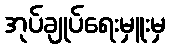
အုပ်ချုပ်ရေးမှူးမှ